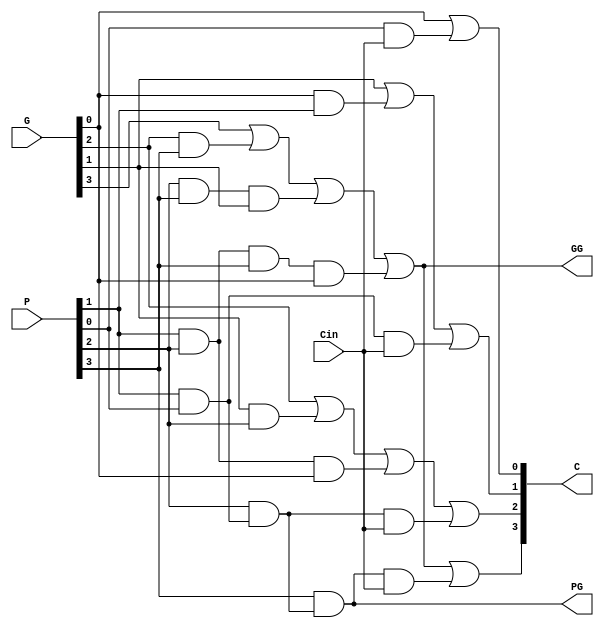
module LookAhead_unit_4b(
    output [3:0] C,
    output PG, GG, 
    input Cin, 
    input [3:0] P, G
);

wire [2:0] P0_comb;
wire [1:0] P1_comb;
wire P2_comb;

assign P0_comb[0] = P[1] & P[0];
assign P0_comb[1] = P[2] & P0_comb[0];
assign P0_comb[2] = P[3] & P0_comb[1];

assign P1_comb[0] = P[1] & P[2];
assign P1_comb[1] = P1_comb[0] & P[3];

assign P2_comb    = P[2] & P[3];

assign PG = P0_comb[2];
assign GG = G[3] | (G[2] & P[3]) | (P2_comb & G[1]) | (P1_comb[1] & G[0]);

assign C[0] = G[0] | (P[0] & Cin);
assign C[1] = G[1] | (G[0] & P[1]) | (P0_comb[0] & Cin);
assign C[2] = G[2] | (G[1] & P[2]) | (P1_comb[0] & G[0]) | (P0_comb[1] & Cin);
assign C[3] = GG   | (PG   & Cin);

endmodule